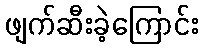
ဖျက်ဆီးခဲ့ကြောင်း